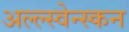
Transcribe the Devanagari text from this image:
अल्ल्स्वेन्स्कन